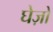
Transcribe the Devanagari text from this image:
घेज़ो